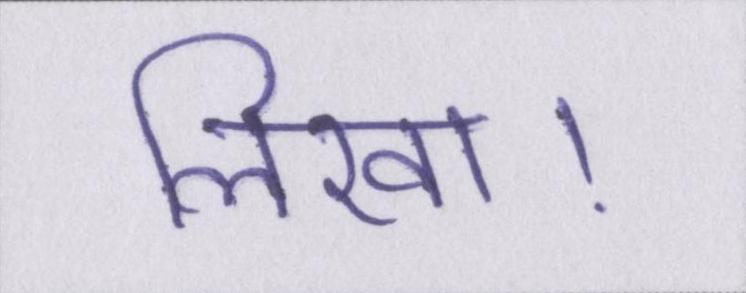
लिखा।